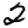
Digit: 2